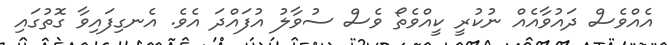
އެއްވެސް ދައުވާއެއް ނުކުރީ ކީއްވެތޯ ވެސް ސުވާލު އުފައްދަ އެވެ. އެނގިފައިވާ ގޮތުގައި